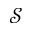
\mathcal { S }